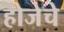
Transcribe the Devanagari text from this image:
होजेचे